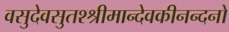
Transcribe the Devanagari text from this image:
वसुदेवसुतश्श्रीमान्देवकीनन्दनो